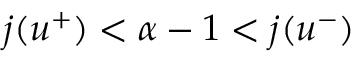
j ( u ^ { + } ) < \alpha - 1 < j ( u ^ { - } )